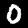
Digit: 0